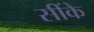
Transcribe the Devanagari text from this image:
सींके